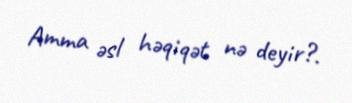
Amma əsl həqiqət nə deyir?.